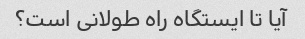
آیا تا ایستگاه راه طولانی است؟